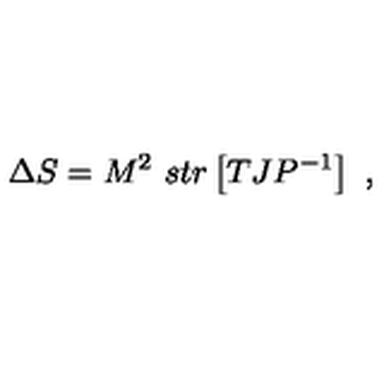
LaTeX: \Delta S = M ^ { 2 } \ s t r \left[ T J P ^ { - 1 } \right] \ ,